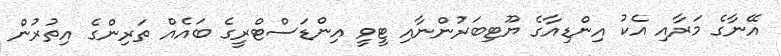
އޭނާގެ މަރާއި އެކު އިންޑިއާގެ ޔޫޓިބަރުންނާއި ޓީވީ އިންޑަސްޓްރީގެ ބައެއް ތަރިންގެ އިތުރުން